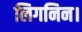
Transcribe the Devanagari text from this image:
लिगनिन।